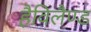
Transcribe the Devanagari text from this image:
हैविलैण्ड